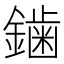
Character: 𮣁